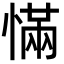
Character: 慲